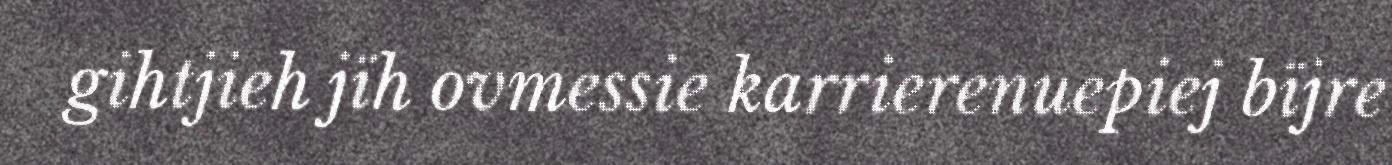
gihtjieh jïh ovmessie karrierenuepiej bïjre